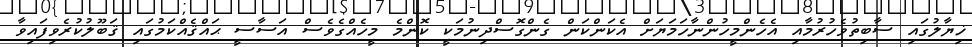
ޚިޔާލުގައި ސާބިތުވެހުރުމާއި އެހެންމީހުންނާހަމަޔަށް އެކަންކަން ގެންގޮސްދިނުމަކީ ކޮންމެ މީހެއްގެވެސް އަސާސީ ޙައްޤެއްކަމުގައި ޤަބޫލުކުރެވިފައިވާ